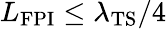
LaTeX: L_{\mathrm{FPI}}\leq\lambda_{\mathrm{TS}}/4